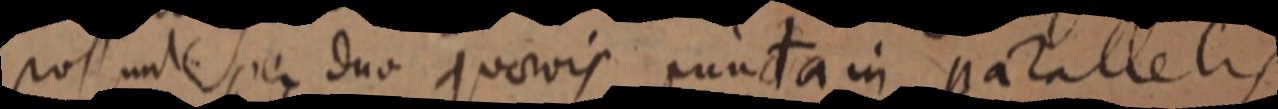
possunt per duo quaevis puncta in parallelis